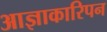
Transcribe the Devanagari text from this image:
आज्ञाकारिपन